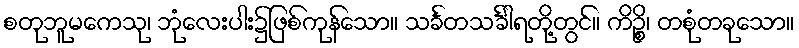
စတုဘူမကေသု၊ ဘုံလေးပါး၌ဖြစ်ကုန်သော။ သင်္ခတသင်္ခါရတို့တွင်။ ကိဉ္စိ၊ တစုံတခုသော။